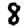
Digit: 8